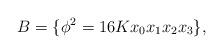
LaTeX: \begin{align*} B = \{ \phi^2 = 16 K x_0 x_1 x_2 x_3 \}, \end{align*}